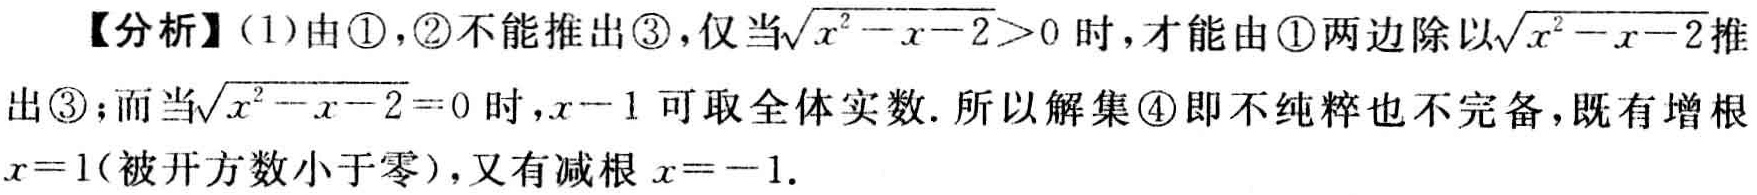
【分析】(1)由\textcircled{1}，\textcircled{2}不能推出\textcircled{3}，仅当\(\sqrt{x^{2}-x - 2}>0\)时，才能由\textcircled{1}两边除以\(\sqrt{x^{2}-x - 2}\)推出\textcircled{3}；而当\(\sqrt{x^{2}-x - 2}=0\)时，\(x - 1\)可取全体实数. 所以解集\textcircled{4}即不纯粹也不完备，既有增根\(x = 1\)(被开方数小于零)，又有减根\(x=-1\).